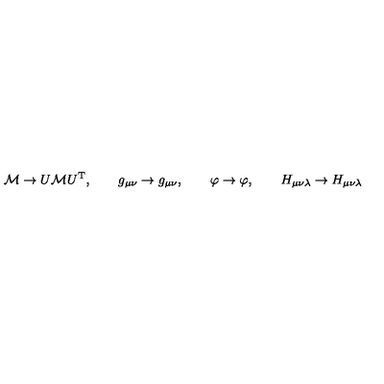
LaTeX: { \cal { M } } \rightarrow U { \cal { M } } U ^ { \mathrm { T } } , \qquad g _ { \mu \nu } \rightarrow g _ { \mu \nu } , \qquad \varphi \rightarrow \varphi , \qquad H _ { \mu \nu \lambda } \rightarrow H _ { \mu \nu \lambda }